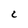
Character: C